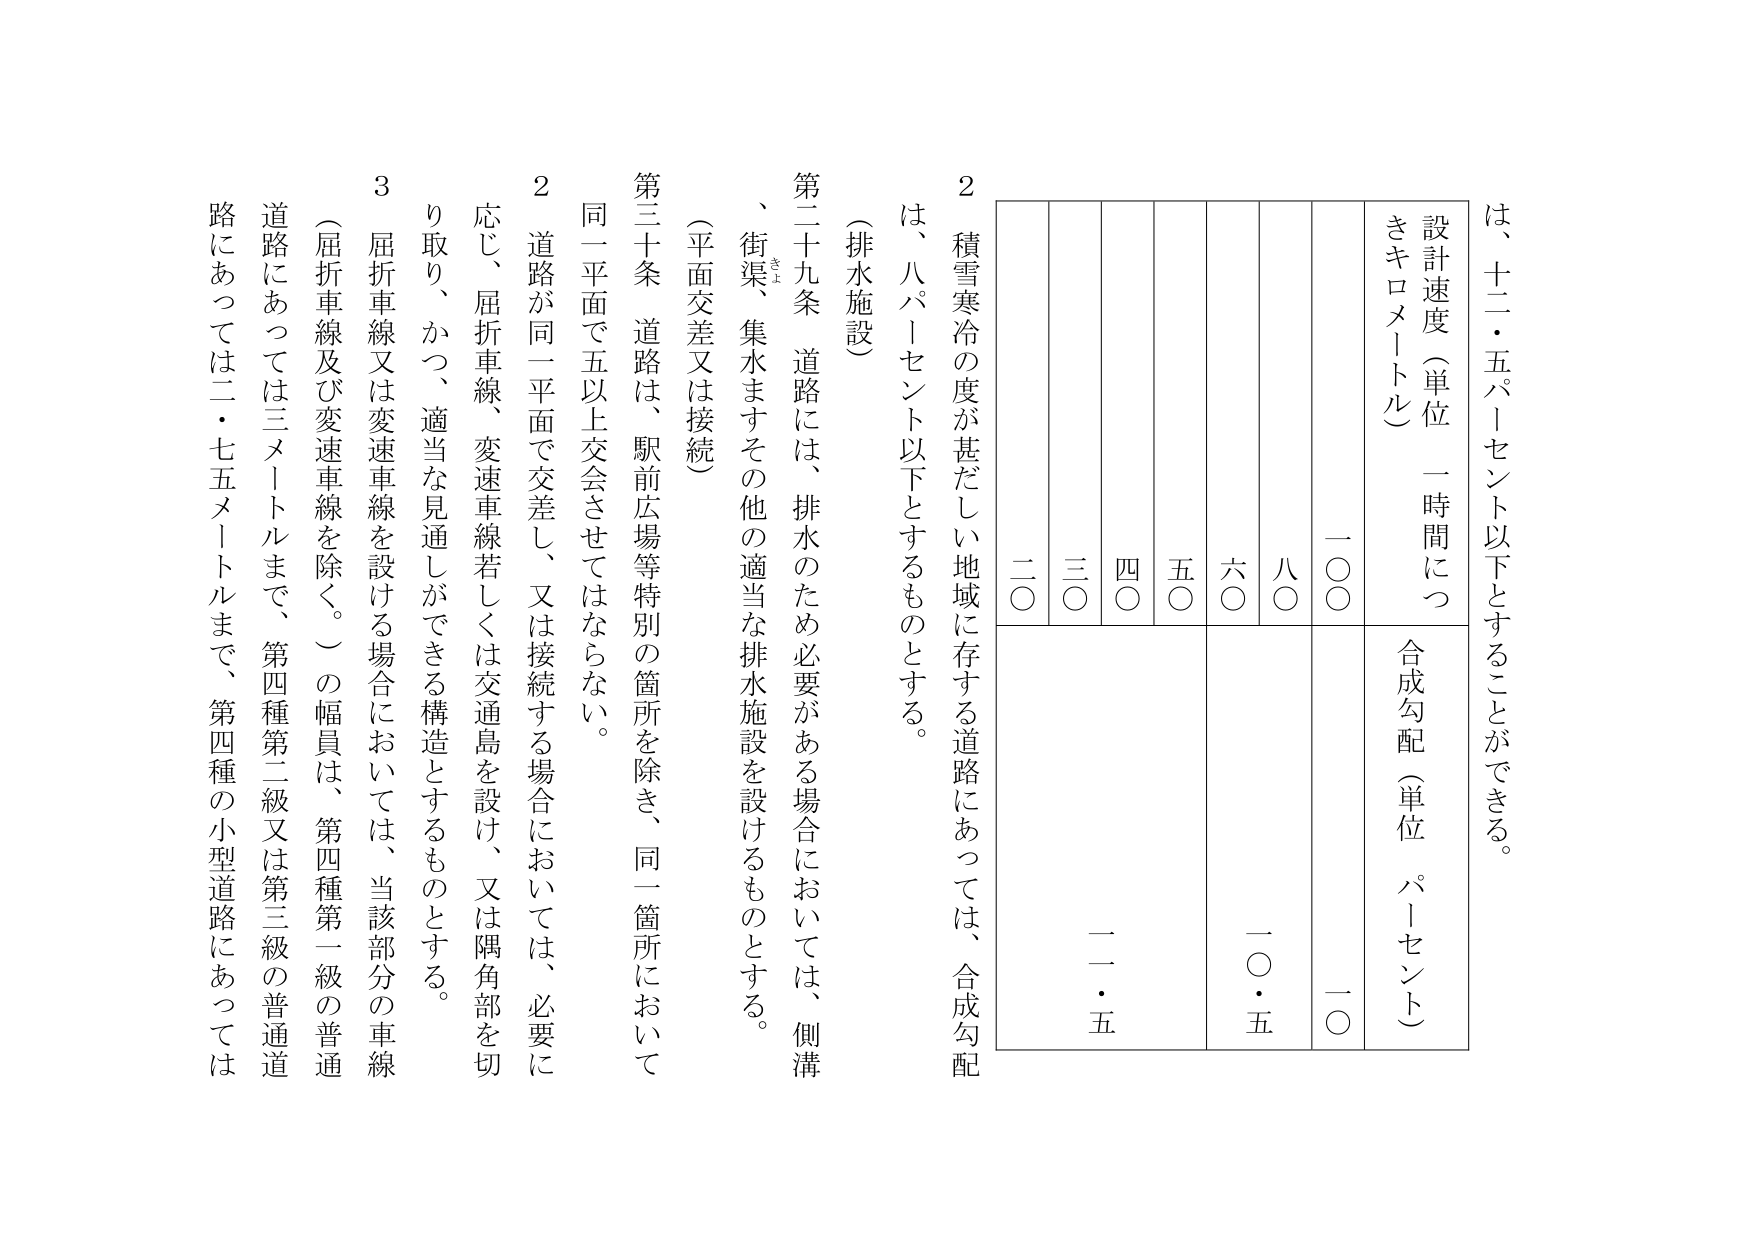
は、十二・五パーセント以下とすることができる。

設計速度（単位 一時間につきキロメートル）
合成勾配（単位 パーセント）

一〇〇　　一〇
二〇　　　　一二・五
三〇
四〇
五〇
六〇　　一〇・五
八〇

（排水施設）
第二十九条　道路には、排水のため必要がある場合においては、側溝、街渠、集水ますその他の適当な排水施設を設けるものとする。
（平面交差又は接続）
第三十条　道路は、駅前広場等特別の箇所を除き、同一箇所において同一平面で五以上交会させてはならない。
２　道路が同一平面で交差し、又は接続する場合においては、必要に応じ、屈折車線、変速車線若しくは交通島を設け、又は隅角部を切り取り、かつ、適当な見通しができる構造とするものとする。
３　屈折車線又は変速車線を設ける場合においては、当該部分の車線（屈折車線及び変速車線を除く。）の幅員は、第四種第一級の普通道路にあっては三メートルまで、第四種第二級又は第三級の普通道路にあっては二・七五メートルまで、第四種の小型道路にあっては

２　積雪寒冷の度が甚だしい地域に存する道路にあっては、合成勾配は、八パーセント以下とするものとする。